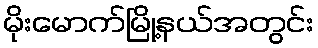
မိုးမောက်မြို့နယ်အတွင်း